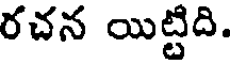
రచన యిట్టిది.